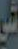
في